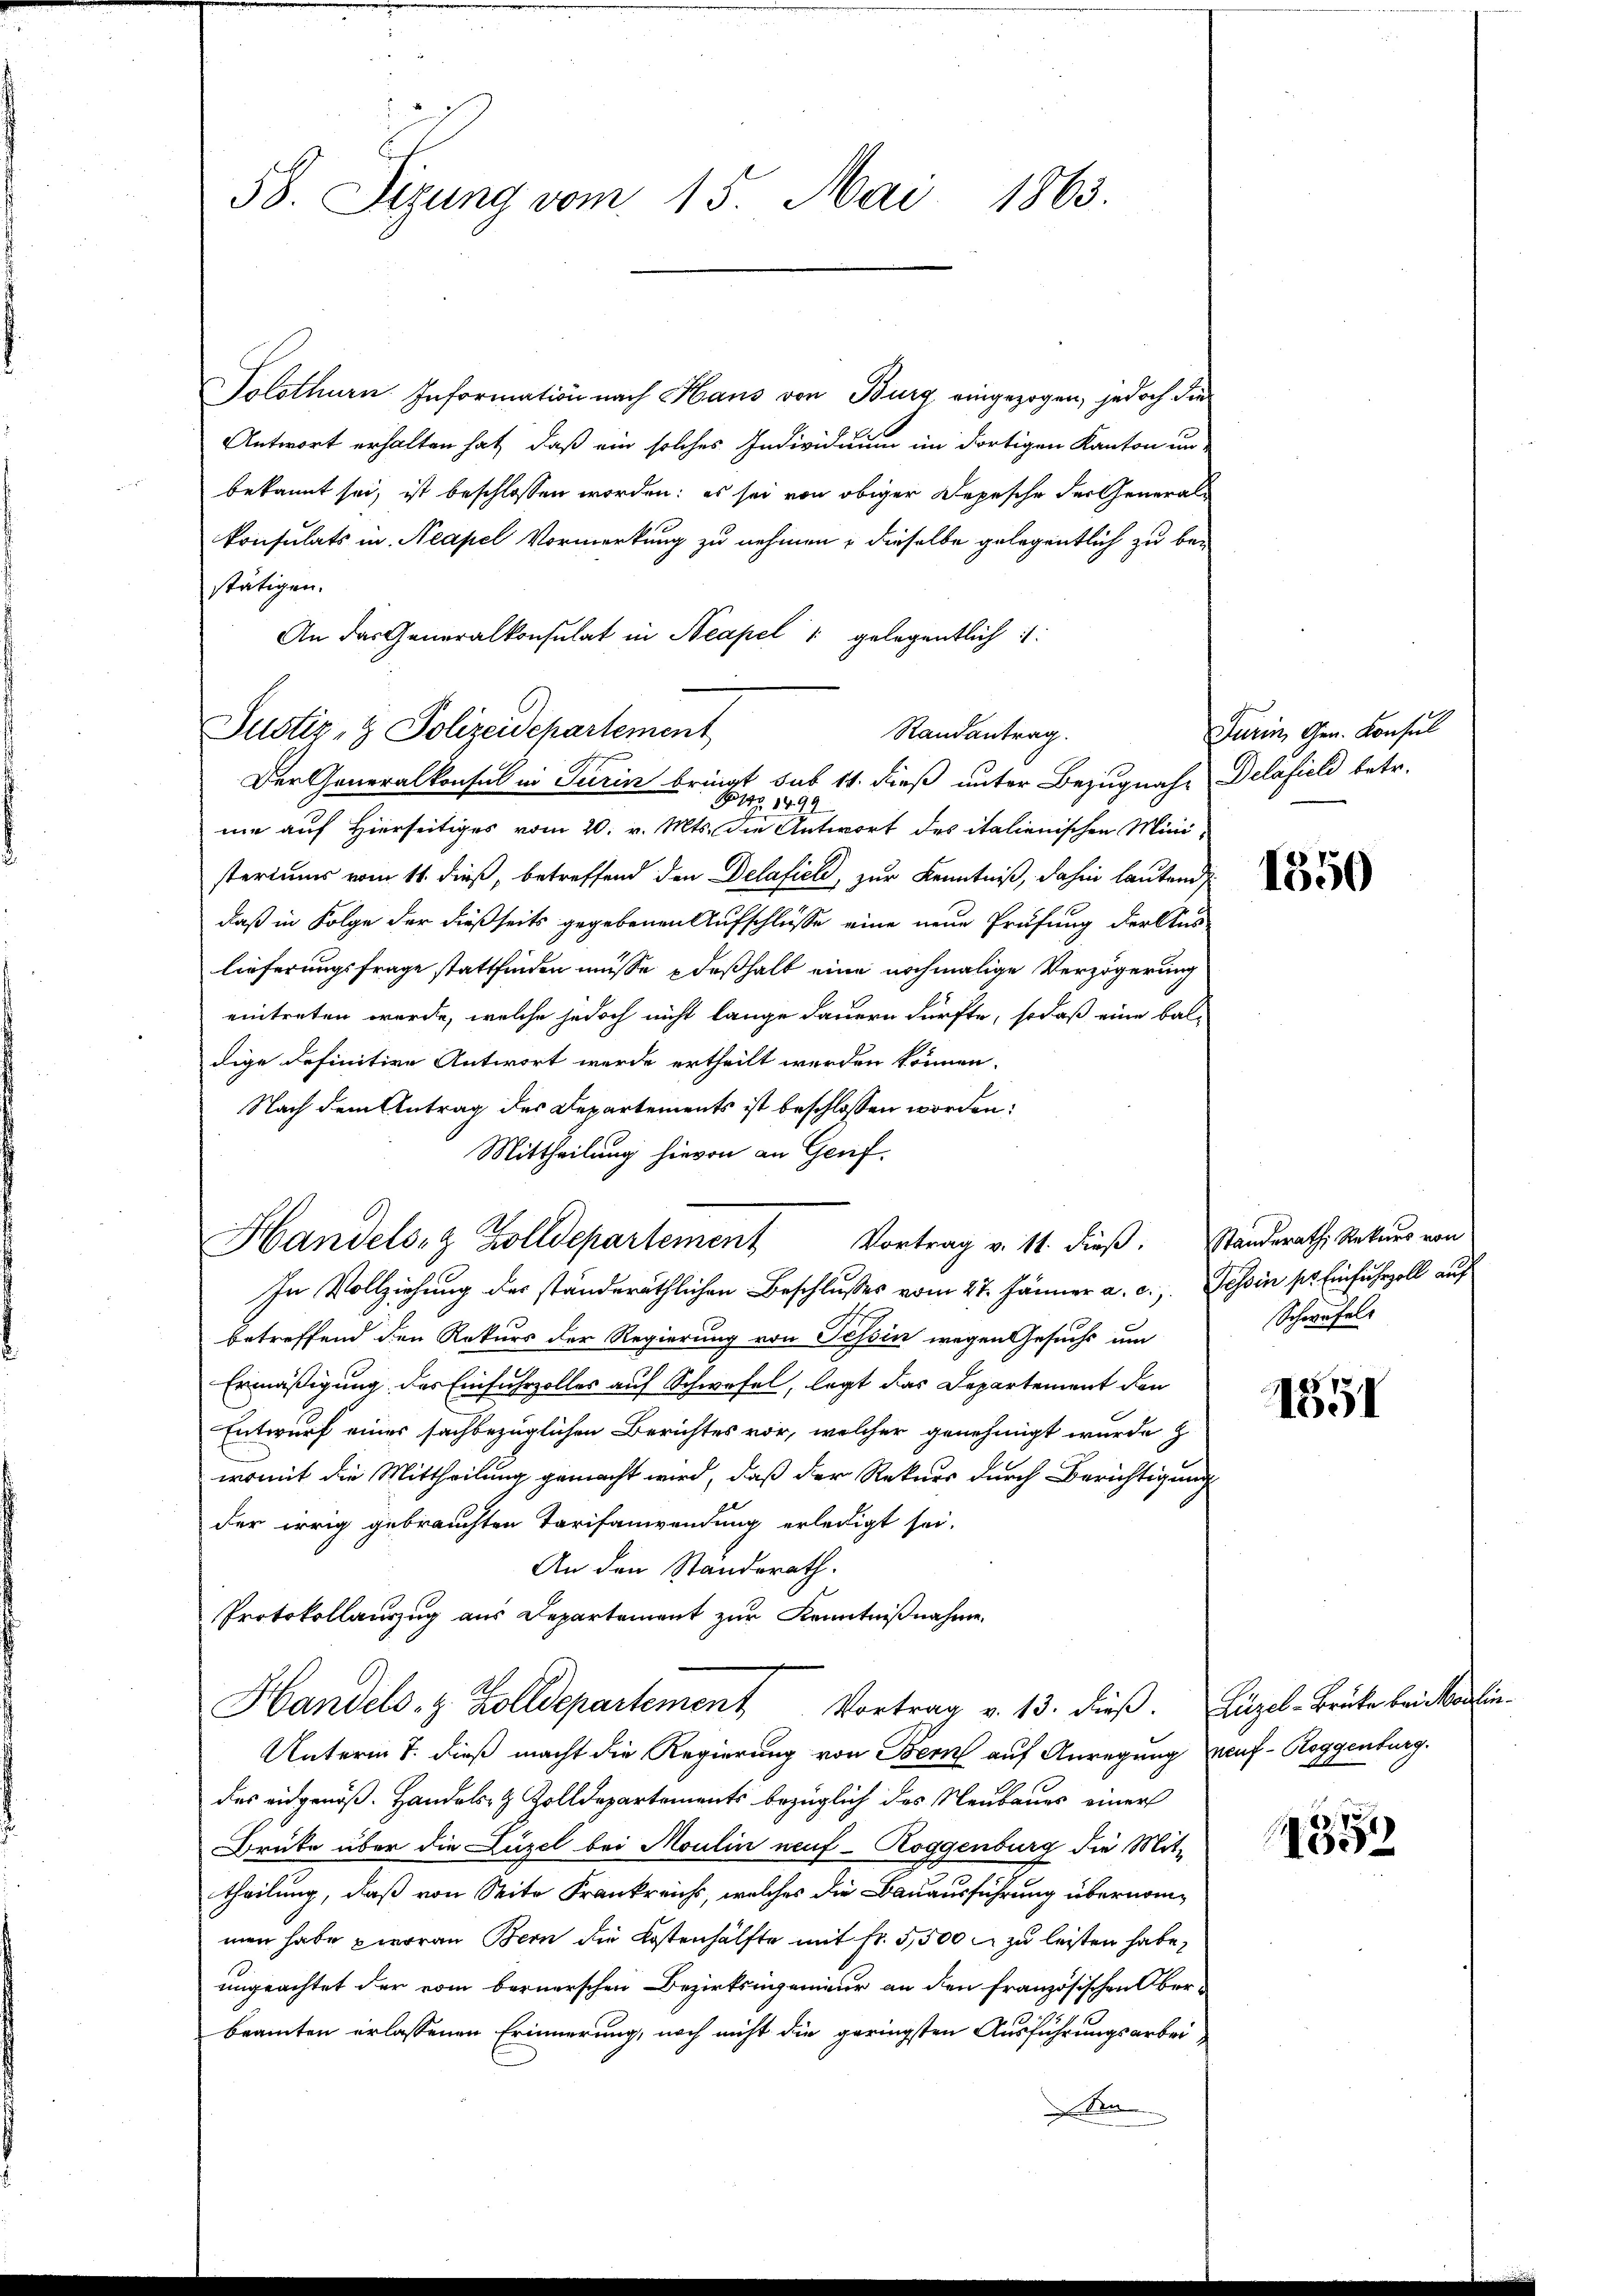
Solothurn Information nach Haus von Burg eingezogen, jedoch die
Antwort erhalten hat, daß ein solches Individuum im dortigen Kanton un-
bekannt sei, ist beschlossen worden: es sei von obiger Depesche der Generalkonsulats in Neapel Vormerkung zu nehmen; dieselbe gelegentlich zu bestätigen.
An das Generalkonsulat in Neapel 1 gelegentlich:
Der Generalkonsul in Turin bringt sub 14. dieß unter Bezugnahe Delafieli betr.
B1 1499
mie auf Hierseitiges vom 20. v. Mts. die Antwort des italienischen Mini-
steriums vom 11. dieß, betreffend den Delafield, zur Kenntniß, dahin lautend
daß in Folge der dießseits gegebenen Aufschlüsse eine neue Prüfung der Aus-
lieferungsfrage stattfinden müsse deßhalb eine nochmalige Verzögerung
eintreten werde, welche jedoch nicht lange dauern dürfte, sodaß eine bal-
dige definitive Antwort werde ertheilt werden können.
Nach dem Antrag des Departements ist beschlossen worden:
Mittheilung hievon an Genf.
Handels- & Zolldepartement Vortrag v. 11. dieß. Standeraths Rekurs von
In Vollziehung des ständeräthlichen Beschlusses vom 27. Jänner a. c., Tessin sr. Einfuhrzoll auf
betreffend den Rekurs der Regierung von Tessin wegen Gesuchs um
Ermäßigung des Einfuhrzolles auf Schwefel, legt das Departement den
Entwurf eines sachbezüglichen Berichtes vor, welcher genehmigt wurde z
womit die Mittheilung gemacht wird, daß der Rekurs durch Berichtigung
der irrig gebrauchten Tarifanwendung erledigt sei.
An den Standerath.
Protokollauszug aus Departement zur Kenntnißnahme.
Handels- & Zolldepartement Vortrag v. 13. dieß. Hügel-Brüte bricandin¬
Unterm 7. dieß macht die Regierung von Bern auf Anregung auf- Roggenburg.
das eidgenöß. Handels- & Zolldepartements bezüglich des Neubaues einer
Druke über die Lüzel bei Moulin neuf - Roggenburg die Mit-
theilung, daß von Seite Frankreichs, welches die Bauausführung übernommen habe zworan Bern die Kostenhälfte mit Fr. 5,500 x zu leisten habe,
ungeachtet der vom bernerschen Bezirksingenieur an den französischen Oberbeamten erlassenen Erinnerung, noch nicht die geringsten Ausführungsarbei
de

Justiz- & Polizeidchartement

58. Sizung vom 15. Mai 1863.

Randantrag.

Turin Gen. Konsul

1350

Schwefels

1551

7
65